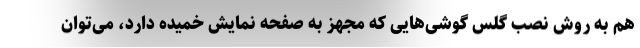
هم به روش نصب گلس‌ گوشی‌هایی که مجهز به صفحه نمایش خمیده دارد، می‌توان